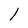
Character: 1